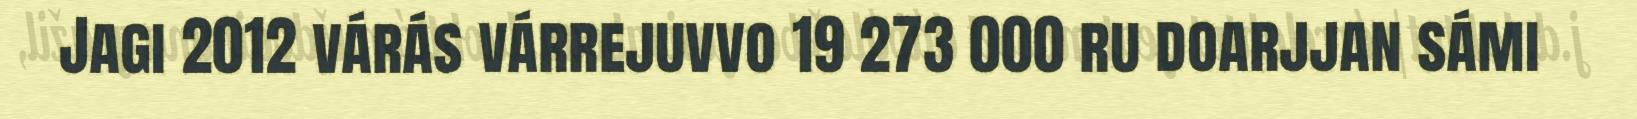
Jagi 2012 várás várrejuvvo 19 273 000 ru doarjjan sámi